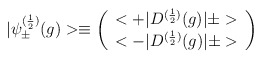
\begin{align*}|{\psi}^{(\frac{1}{2})}_{\pm}(g)>\equiv \left(\begin{array}{c}<+|D^{(\frac{1}{2})}(g)|\pm>\\<-|D^{(\frac{1}{2})}(g)|\pm>\end{array}\right)\,\end{align*}